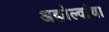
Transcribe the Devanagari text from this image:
अकोल्वांचा